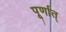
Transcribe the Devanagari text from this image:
पूर्णात्